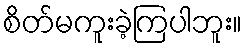
စိတ်မကူးခဲ့ကြပါဘူး။